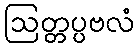
ဩတ္တပ္ပဗလံ